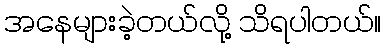
အနေများခဲ့တယ်လို့ သိရပါတယ်။